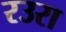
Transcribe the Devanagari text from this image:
रउरा